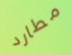
مطارد